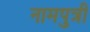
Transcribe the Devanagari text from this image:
नामपुत्री